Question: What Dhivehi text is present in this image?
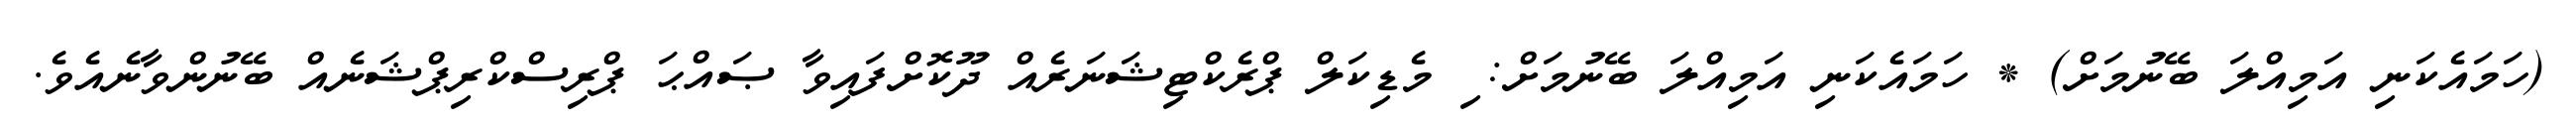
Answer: (ހަމައެކަނި އަމިއްލަ ބޭނުމަށް) * ހަމައެކަނި އަމިއްލަ ބޭނުމަށް: ި މެޑިކަލް ޕްރެކްޓިޝަނަރެއް ދޫކޮށްފައިވާ ޞައްޙަ ޕްރިސްކްރިޕްޝަނެއް ބޭނުންވާނެއެވެ.